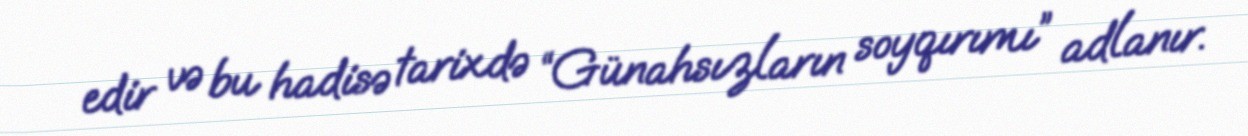
edir və bu hadisə tarixdə “Günahsızların soyqırımı” adlanır.